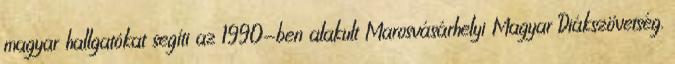
magyar hallgatókat segíti az 1990-ben alakult Marosvásárhelyi Magyar Diákszövetség.